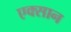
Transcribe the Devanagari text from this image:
एक्सान